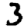
Digit: 3